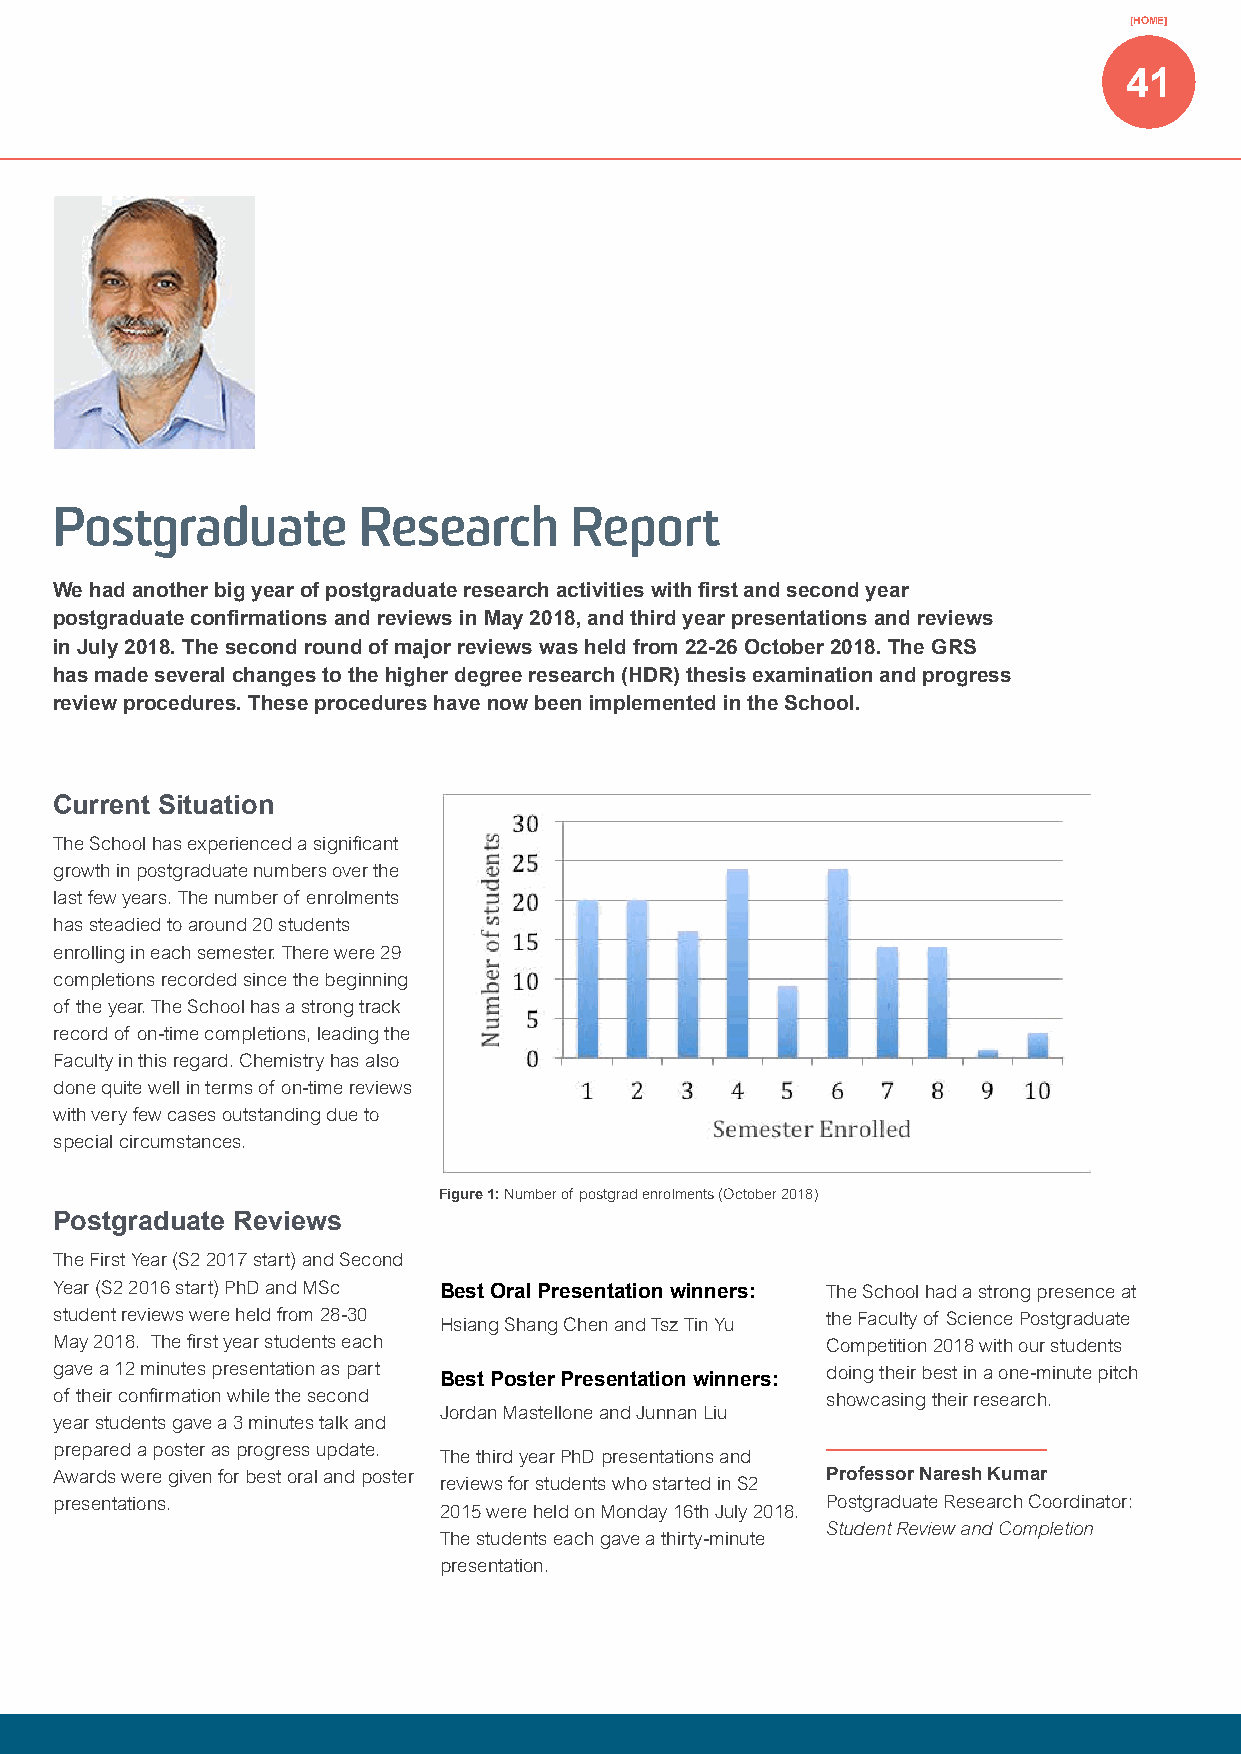
[HOME]
 41
 Postgraduate        Research      Report
 We had another big year of postgraduate research activities with first and second year
 postgraduate confirmations and reviews in May 2018, and third year presentations and reviews
 in July 2018. The second round of major reviews was held from 22-26 October 2018. The GRS
 has made several changes to the higher degree research (HDR) thesis examination and progress
 review procedures. These procedures have now been implemented in the School.
 Current Situation
 The School has experienced a significant
 growth in postgraduate numbers over the
 last few years. The number of enrolments
 has steadied to around 20 students
 enrolling in each semester. There were 29
 completions recorded since the beginning
 of the year. The School has a strong track
 record of on-time completions, leading the
 Faculty in this regard. Chemistry has also
 done quite well in terms of on-time reviews
 with very few cases outstanding due to
 special circumstances.
 Figure 1: Number of postgrad enrolments (October 2018)
 Postgraduate Reviews
 The First Year (S2 2017 start) and Second
 Year (S2 2016 start) PhD and MSc Best Oral Presentation winners: The School had a strong presence at
 student reviews were held from 28-30 Hsiang Shang Chen and Tsz Tin Yu the Faculty of Science Postgraduate
 May 2018. The first year students each             Competition 2018 with our students
 gave a 12 minutes presentation as part Best Poster Presentation winners: doing their best in a one-minute pitch
 of their confirmation while the second             showcasing their research.
 Jordan Mastellone and Junnan Liu
 year students gave a 3 minutes talk and
 prepared a poster as progress update.
 The third year PhD presentations and
 Awards were given for best oral and poster         Professor Naresh Kumar
 reviews for students who started in S2
 presentations.                                     Postgraduate Research Coordinator:
 2015 were held on Monday 16th July 2018.
 Student Review and Completion
 The students each gave a thirty-minute
 presentation.